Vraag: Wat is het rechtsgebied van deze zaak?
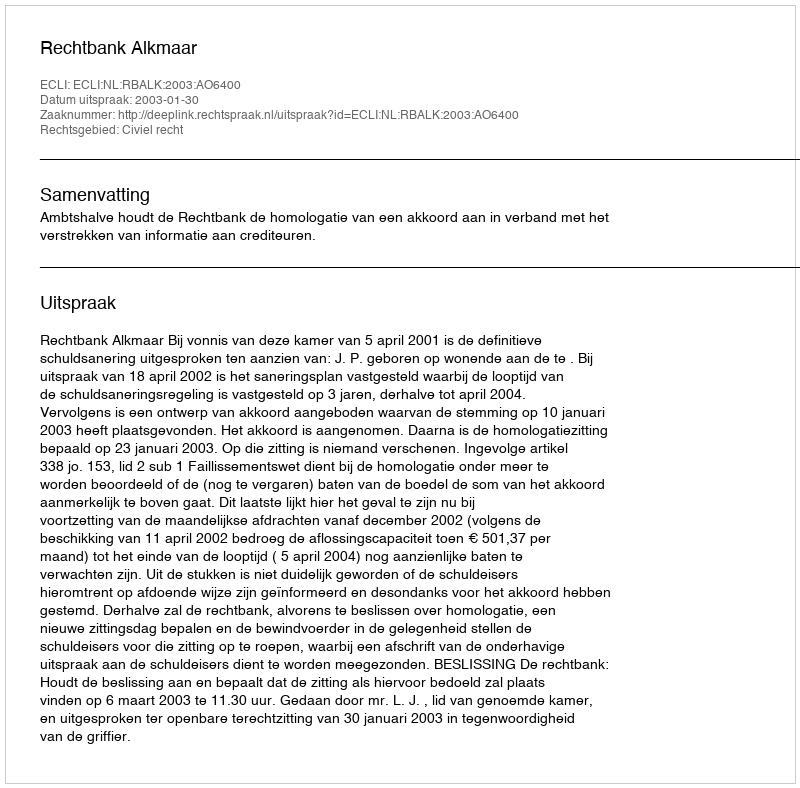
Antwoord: Civiel recht